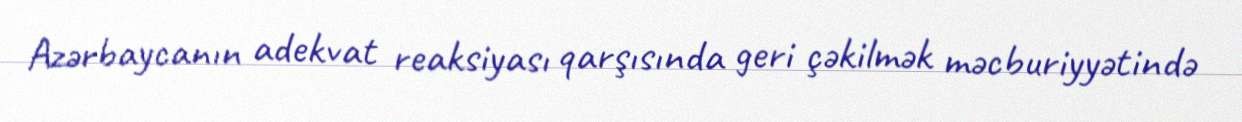
Azərbaycanın adekvat reaksiyası qarşısında geri çəkilmək məcburiyyətində